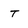
Character: t